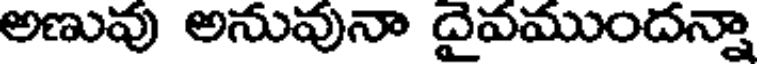
అణువు అనువునా దైవముందన్నా